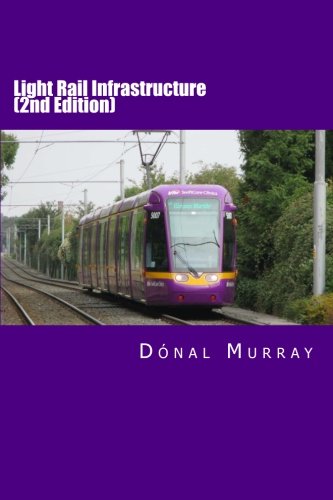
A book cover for Light Rail Infrastructure (Second Edition); Mr. Donal Murray; Engineering & Transportation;